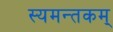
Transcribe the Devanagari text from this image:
स्यमन्तकम्